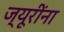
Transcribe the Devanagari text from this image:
ज्यूरींना